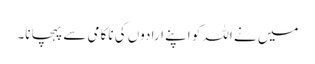
میں نے اللہ کو اپنے ارادوں کی ناکامی سے پہچانا۔